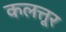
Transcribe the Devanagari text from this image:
कलत्तूर